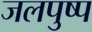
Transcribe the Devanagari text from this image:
जलपुष्प